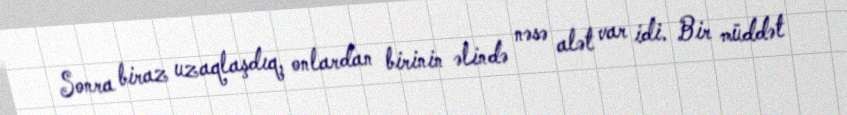
Sonra biraz uzaqlaşdıq‚ onlardan birinin əlində nəsə alət var idi. Bir müddət